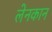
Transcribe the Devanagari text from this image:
लेनकान